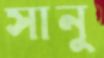
সানু